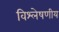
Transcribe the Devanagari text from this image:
विश्लेषणीय